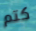
كتم